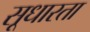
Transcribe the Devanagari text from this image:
सूधारता